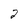
Character: 2